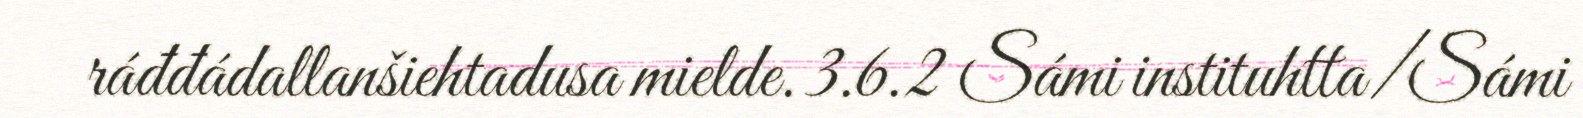
ráđđádallanšiehtadusa mielde. 3.6.2 Sámi instituhtta/Sámi